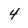
Character: 4